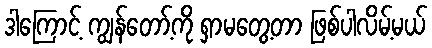
ဒါကြောင့် ကျွန်တော့်ကို ရှာမတွေ့တာ ဖြစ်ပါလိမ့်မယ်